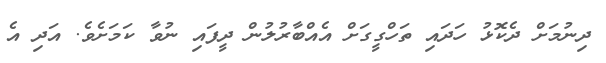
ދިނުމަށް ދެކޮޅު ހަދައި ތަހްގީގަށް އެއްބާރުލުން ދީފައި ނުވާ ކަމަށެވެ. އަދި އެ